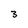
Character: 3